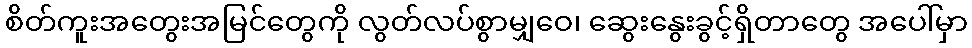
စိတ်ကူးအတွေးအမြင်တွေကို လွတ်လပ်စွာမျှဝေ၊ ဆွေးနွေးခွင့်ရှိတာတွေ အပေါ်မှာ